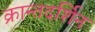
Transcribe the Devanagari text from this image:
क्रान्तदर्शिन